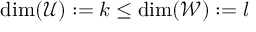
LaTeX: \dim ( { \mathcal { U } } ) : = k \leq \dim ( { \mathcal { W } } ) : = l